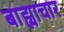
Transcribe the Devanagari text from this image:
बाह्याचार